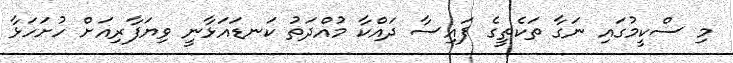
މި ސްކީމުގައި ނަގާ ތަކެތީގެ ފައިސާ ދައްކާ މުއްދަތު ކަނޑައަޅާނީ ވިޔަފާރިއަށް ހުށަހަޅާ